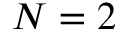
N = 2